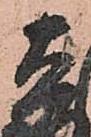
吉